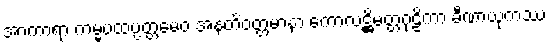
အာကာရာ ကမ္မပထပ္ပတ္တမေဝ အနတိဝတ္တမာနာ ကောလဋ္ဌိမတ္တဂုဠိကာ ခီဏာယုကဿ